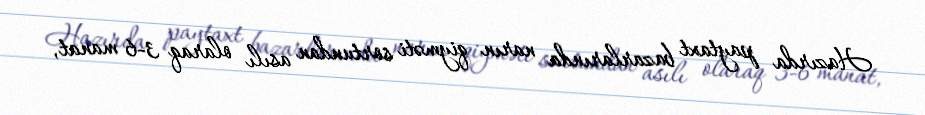
Hazırda paytaxt bazarlarında narın qiyməti sortundan asılı olaraq 3-6 manat,